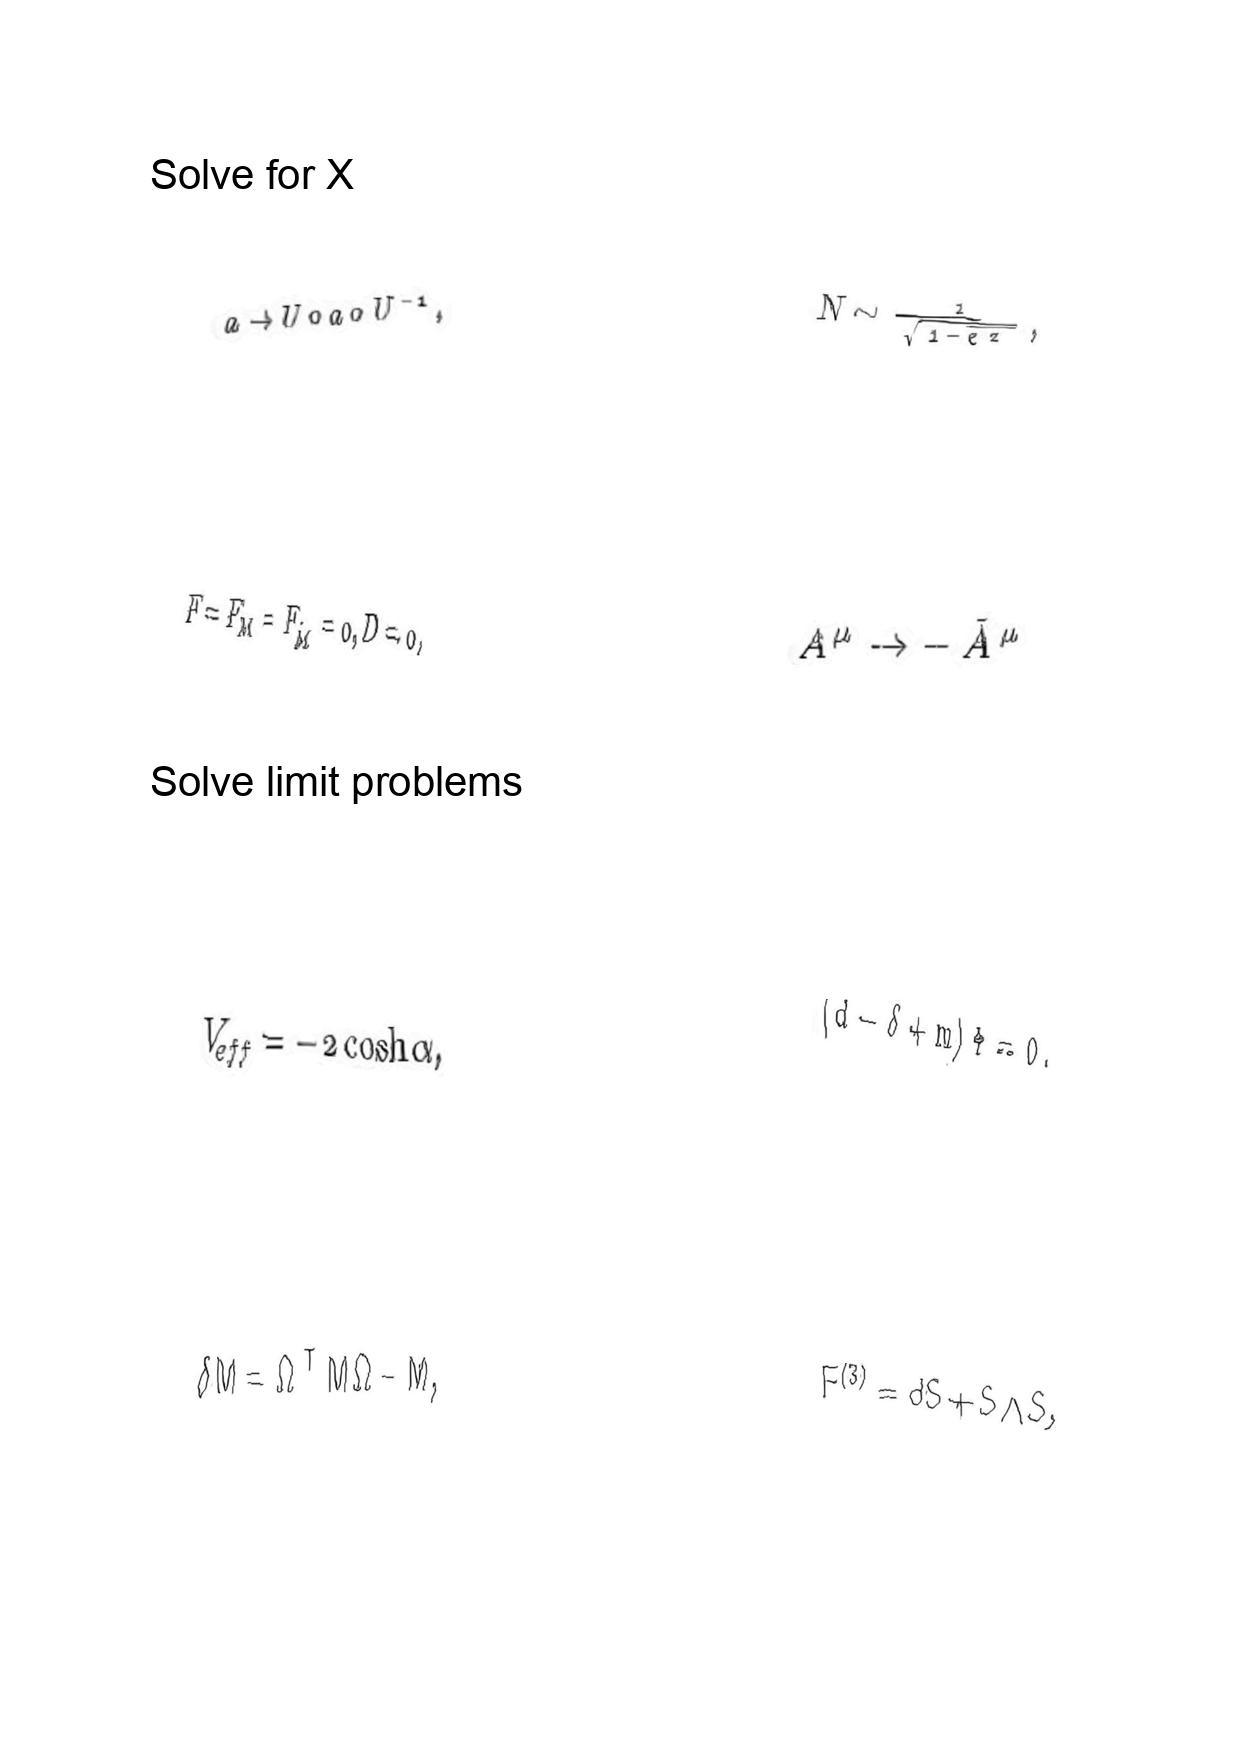
LaTeX transcription:
a \rightarrow U \circ a \circ U ^ { - 1 } ,
F = F _ { M } = F _ { \tilde { M } } = 0 , D = 0 ,
V _ { e f f } = - 2 \cosh \alpha ,
\delta M = \Omega ^ { T } M \Omega - M ,
N \sim \frac { 1 } { \sqrt { 1 - e ^ { 2 } } } ,
A ^ { \mu } \rightarrow - \tilde { A } ^ { \mu }
\lparen d - \delta + m \rparen \Phi = 0 ,
F ^ { \lparen 3 \rparen } = d S + S \wedge S ,